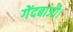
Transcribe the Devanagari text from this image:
गेंदबाजी।